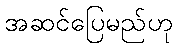
အဆင်ပြေမည်ဟု